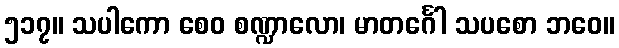
၅၁၇။ သပါကော စေဝ စဏ္ဍာလော၊ မာတင်္ဂေါ သပစော ဘဝေ။